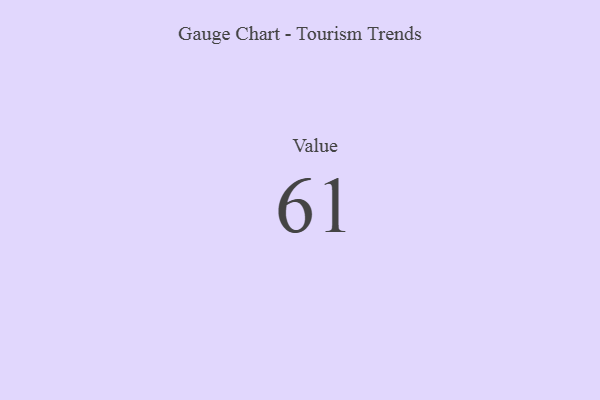
{"axis": {"x": "Metric", "y": "Value"}, "legend": [""], "data": [{"x": "Value", "y": 61, "type": ""}]}